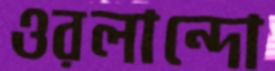
ওরলান্দো